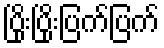
ပြိုးပြိုးပြက်ပြက်